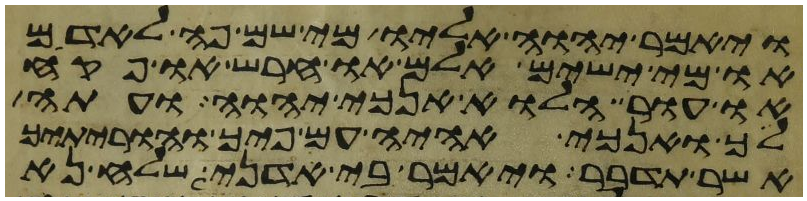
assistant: ויאמר יהוה אליו מי שם פה לאדם
או מי ישים אלם או חרש או פקח
או עור הלוא אנכי יהוה ועתה
לך ואנכי אהיה עם פיך והוריתיך
אשר תדבר ויאמר בי אדני שלח נא